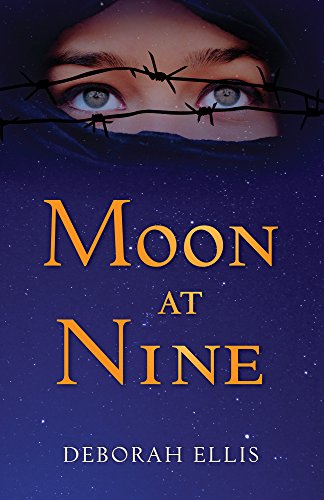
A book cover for Moon at Nine; Deborah Ellis; Teen & Young Adult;